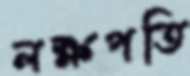
লক্ষপতি